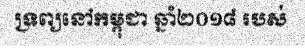
ទ្រព្យនៅកម្ពុជា ឆ្នាំ២០១៨ របស់